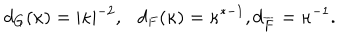
LaTeX: d _ { G } ( \kappa ) = \vert \kappa \vert ^ { - 2 } , \ \ \ d _ { F } ( \kappa ) = \kappa ^ { * - 1 } , d _ { \overline { { F } } } = \kappa ^ { - 1 } .